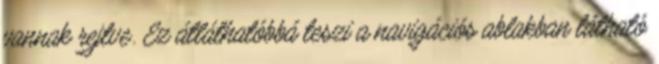
vannak rejtve. Ez átláthatóbbá teszi a navigációs ablakban látható